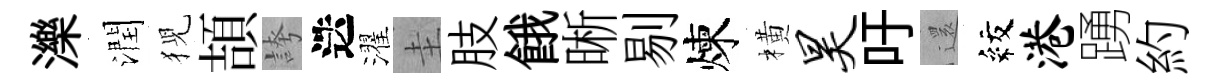
濼潤猊頡誇迭濯圭肢餓晰剔煉橫昊吁𮟃紋港踴約